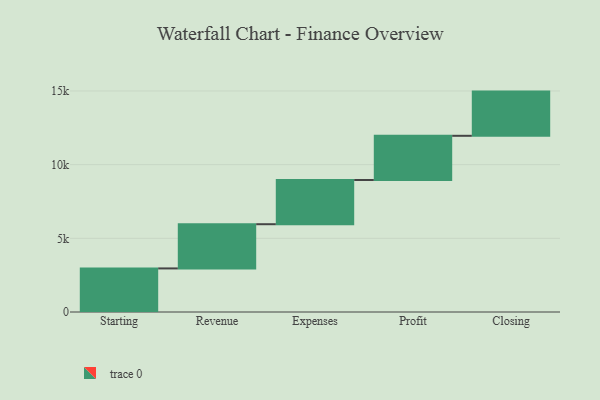
{"axis": {"x": "Step", "y": "Value"}, "legend": [""], "data": [{"x": "Starting", "y": 2958.0, "type": ""}, {"x": "Revenue", "y": 3000, "type": ""}, {"x": "Expenses", "y": 3000, "type": ""}, {"x": "Profit", "y": 3000, "type": ""}, {"x": "Closing", "y": 3000, "type": ""}]}